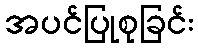
အပင်ပြုစုခြင်း